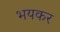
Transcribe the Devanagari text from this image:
भयकर